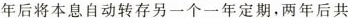
年后将本息自动转存另一个一年定期，两年后共